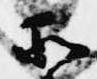
所